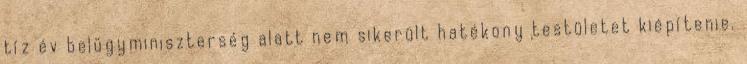
tíz év belügyminiszterség alatt nem sikerült hatékony testületet kiépítenie.